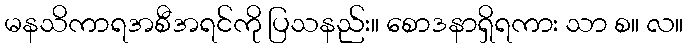
မနသိကာရအစီအရင်ကို ပြသနည်း။ စောဒနာရှိရကား သာ စ။ လ။